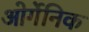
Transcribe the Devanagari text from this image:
ओर्गेनिक